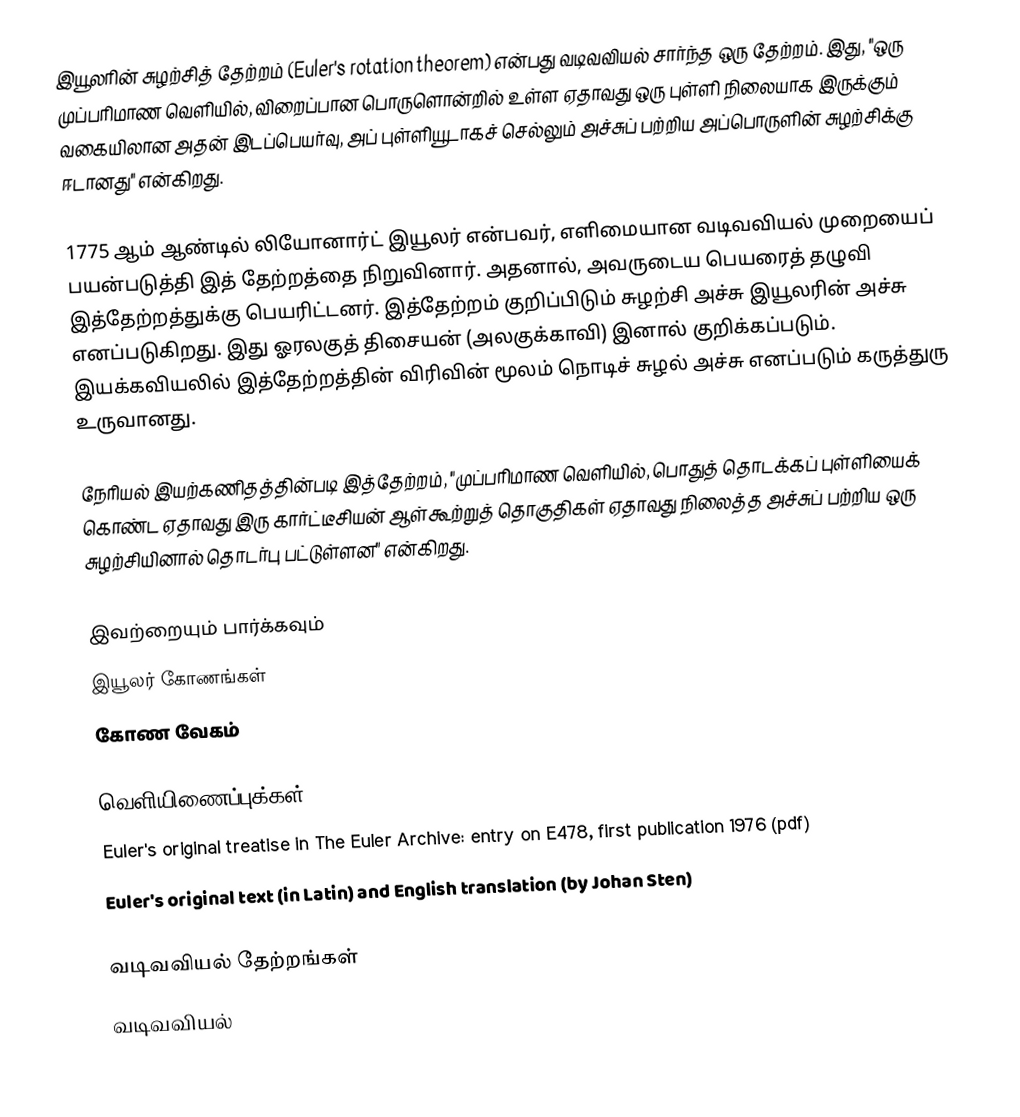
இயூலரின் சுழற்சித் தேற்றம் (Euler's rotation theorem) என்பது வடிவவியல் சார்ந்த ஒரு தேற்றம். இது, "ஒரு முப்பரிமாண வெளியில், விறைப்பான பொருளொன்றில் உள்ள ஏதாவது ஒரு புள்ளி நிலையாக இருக்கும் வகையிலான அதன் இடப்பெயர்வு, அப் புள்ளியூடாகச் செல்லும் அச்சுப் பற்றிய அப்பொருளின் சுழற்சிக்கு ஈடானது" என்கிறது.

1775 ஆம் ஆண்டில் லியோனார்ட் இயூலர் என்பவர், எளிமையான வடிவவியல் முறையைப் பயன்படுத்தி இத் தேற்றத்தை நிறுவினார். அதனால், அவருடைய பெயரைத் தழுவி இத்தேற்றத்துக்கு பெயரிட்டனர். இத்தேற்றம் குறிப்பிடும் சுழற்சி அச்சு இயூலரின் அச்சு எனப்படுகிறது. இது ஓரலகுத் திசையன் (அலகுக்காவி)  இனால் குறிக்கப்படும். இயக்கவியலில் இத்தேற்றத்தின் விரிவின் மூலம் நொடிச் சுழல் அச்சு எனப்படும் கருத்துரு உருவானது.

நேரியல் இயற்கணிதத்தின்படி இத்தேற்றம், "முப்பரிமாண வெளியில், பொதுத் தொடக்கப் புள்ளியைக் கொண்ட ஏதாவது இரு கார்ட்டீசியன் ஆள்கூற்றுத் தொகுதிகள் ஏதாவது நிலைத்த அச்சுப் பற்றிய ஒரு சுழற்சியினால் தொடர்பு பட்டுள்ளன" என்கிறது.

இவற்றையும் பார்க்கவும்
 இயூலர் கோணங்கள்
 கோண வேகம்

வெளியிணைப்புக்கள்
Euler's original treatise in The Euler Archive: entry on E478, first publication 1976 (pdf)
Euler's original text (in Latin) and English translation (by Johan Sten)

வடிவவியல் தேற்றங்கள்
வடிவவியல்